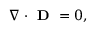
\begin{array} { r l } { \small } & { { } \nabla \cdot \textbf { D } = 0 , } \end{array}